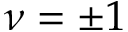
\nu = \pm 1